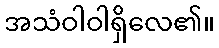
အသံဝါဝါရှိလေ၏။